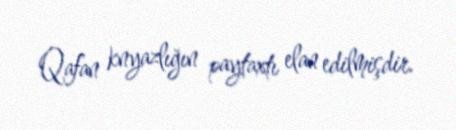
Qafan knyazlığın paytaxtı elan edilmişdir.